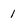
Character: 1